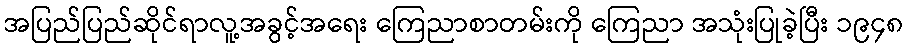
အပြည်ပြည်ဆိုင်ရာလူ့အခွင့်အရေး ကြေညာစာတမ်းကို ကြေညာ အသုံးပြုခဲ့ပြီး ၁၉၄၈